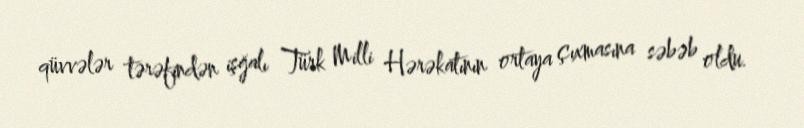
qüvvələr tərəfindən işğalı Türk Milli Hərəkatının ortaya çıxmasına səbəb oldu.